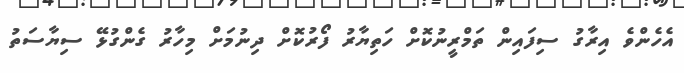
އެހެންވެ އިރާގު ސިފައިން ތަމްްރީނުކޮށް ހަތިޔާރު ފޯރުކޮށް ދިނުމަށް މިހާރު ގެންގުޅޭ ސިޔާސަތު